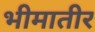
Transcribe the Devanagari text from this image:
भीमातीर